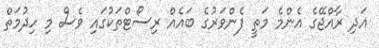
އަދި ރާއްޖޭގެ އެންމެ މަތީ ފެންވަރުގެ ބައެއް ރިސޯޓްތަކުގައި ވެސް މި ހިދުމަތް